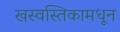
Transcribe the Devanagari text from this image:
खस्वस्तिकामधून